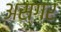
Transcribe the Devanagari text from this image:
अस्ग़र